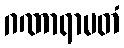
ဂဏာရာမတံ